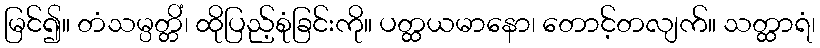
မြင်၍။ တံသမ္ပတ္တိံ၊ ထိုပြည့်စုံခြင်းကို။ ပတ္ထယမာနော၊ တောင့်တလျက်။ သတ္ထာရံ၊